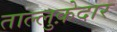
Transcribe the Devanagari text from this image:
ताल्लुक़ेदार